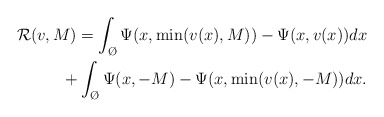
\begin{align*}\mathcal{R}(v,M)=\int_{\O}\Psi(x,\min(v(x),M))-\Psi(x,v(x))dx\\+\int_{\O}\Psi(x,-M)-\Psi(x,\min(v(x),-M))dx.\end{align*}